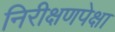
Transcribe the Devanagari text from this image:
निरीक्षणपेक्षा